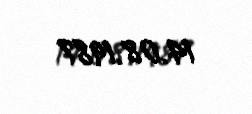
14.08.1987